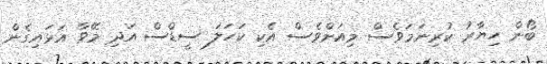
ބޯން ހިޔާރު ކުރިނަމަވެސް މިއަށްވެސް އެކި ކަހަލަ ސީޑްސް އަދި މޭވާ އަޅައިގެން